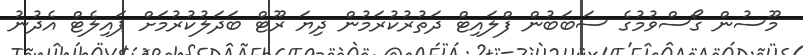
މޫސުން ގޯސްވުމުގެ ސަބަބުން ފްލައިޓް ދަތުރުކުރަމުން ދިޔަ ރޫޓް ބަދަލުކުރުމަށް ޕައިލެޓް އެދުނު